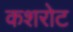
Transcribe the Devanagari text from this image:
कशरोट